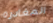
المغادره